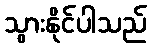
သွားနိုင်ပါသည်